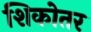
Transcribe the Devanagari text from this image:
शिकोतर